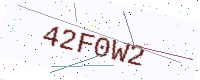
Text: 42F0W2